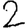
Digit: 2